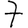
Digit: 7